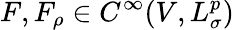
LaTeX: F,F_{\rho}\in C^{\infty}(V,L_{\sigma}^{p})